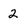
Character: 2